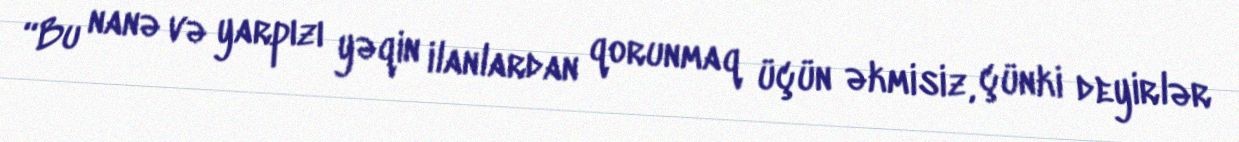
“Bu nanə və yarpızı yəqin ilanlardan qorunmaq üçün əkmisiz, çünki deyirlər